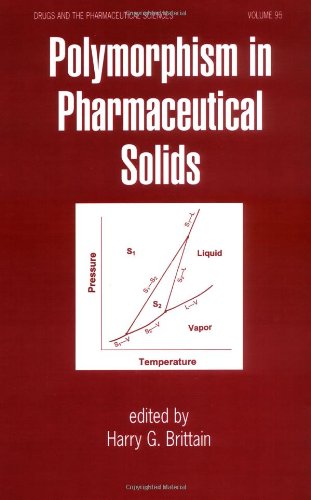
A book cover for Polymorphism in Pharmaceutical Solids (Drugs and the Pharmaceutical Sciences); Medical Books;